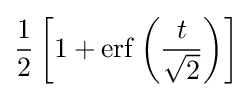
{\frac {1}{2}}\left[1+\operatorname {erf} \left({\frac {t}{\sqrt {2}}}\right)\right]